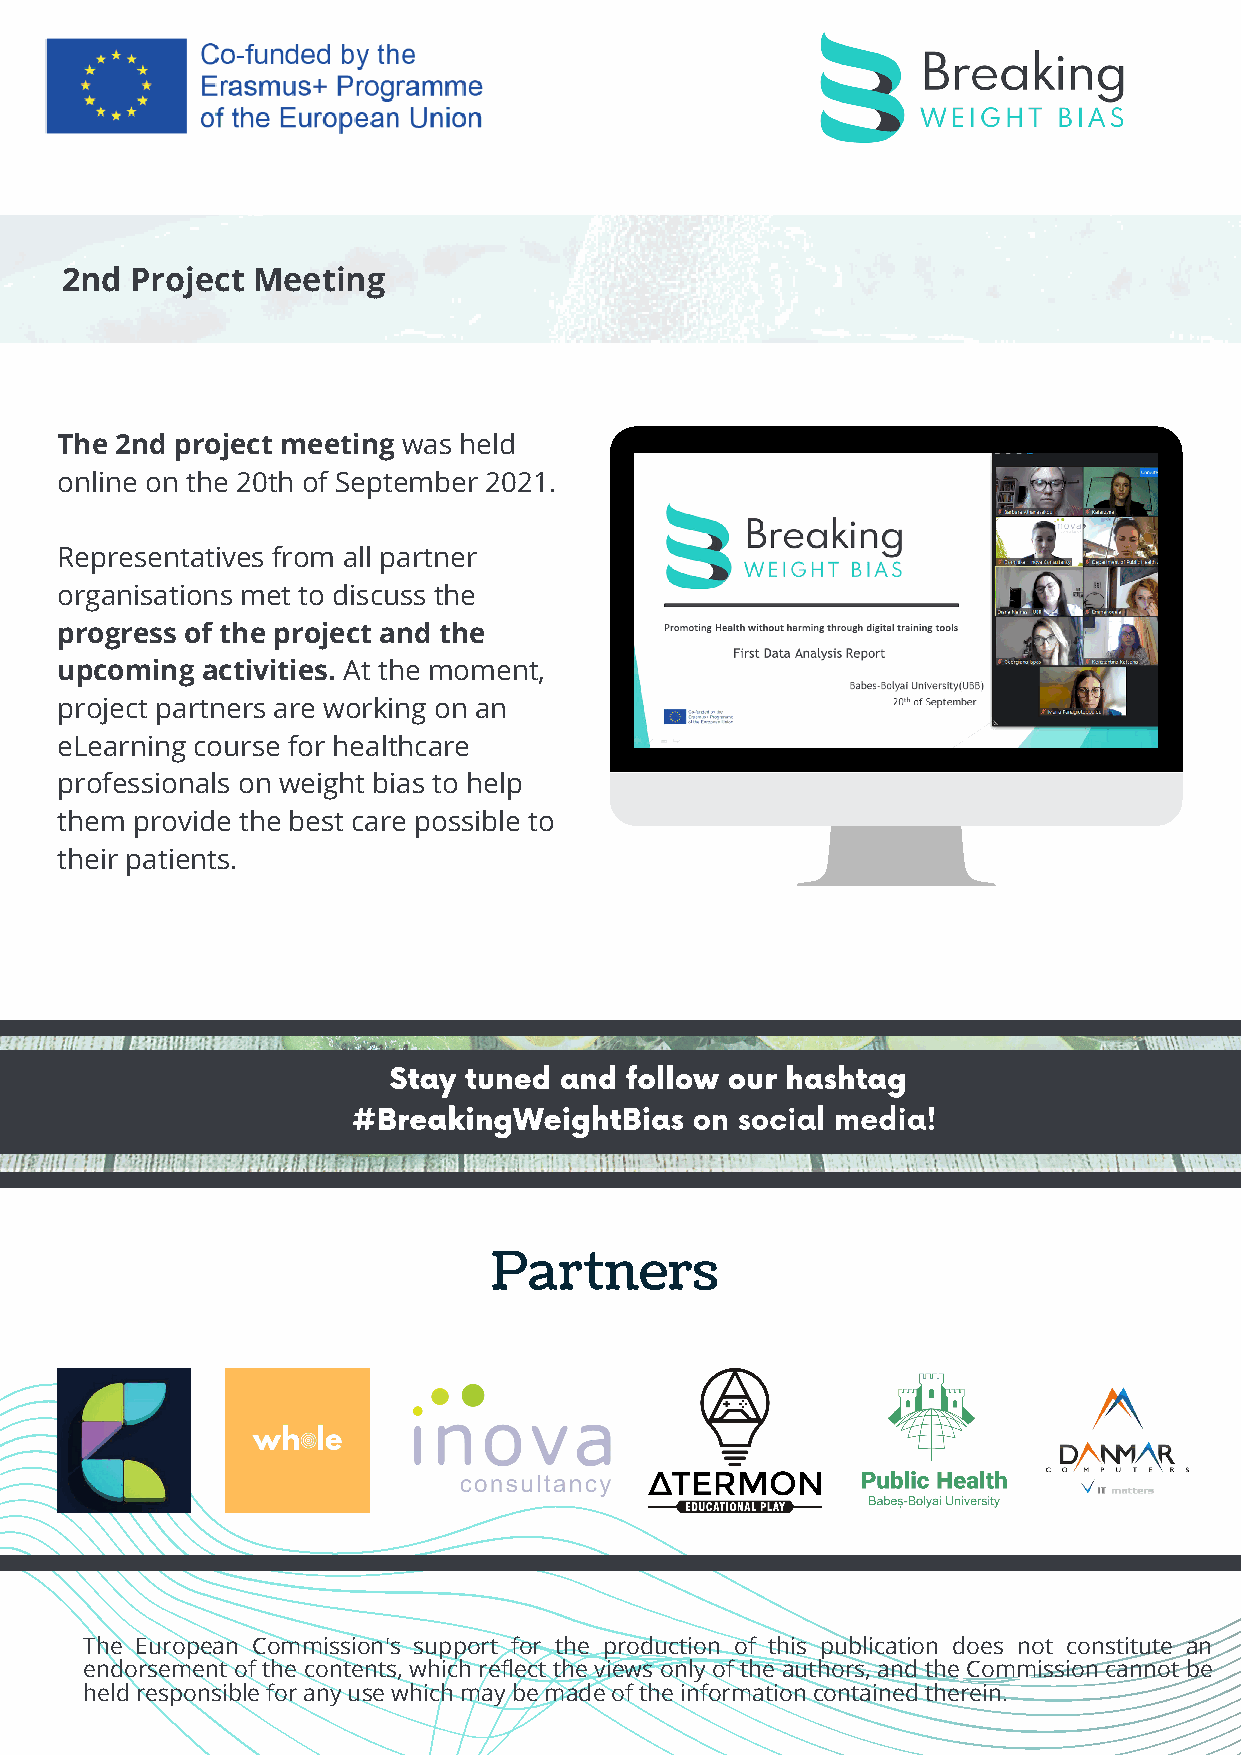
2nd  Project Meeting
 The 2nd project meeting was held
 online on the 20th of September 2021.
 Representatives from all partner
 organisations met to discuss the
 progress of the project and the
 upcoming activities. At the moment,
 project partners are working on an
 eLearning course for healthcare
 professionals on weight bias to help
 them provide the best care possible to
 their patients.
 Stay tuned and follow our hashtag
 #BreakingWeightBias    on social media!
 Partners
 The European Commission's support for the production of this publication does not constitute an
 endorsement of the contents, which reflect the views only of the authors, and the Commission cannot be
 held responsible for any use which may be made of the information contained therein.